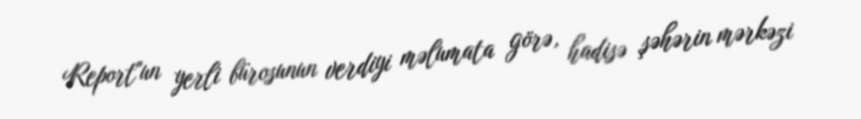
Report"un yerli bürosunun verdiyi məlumata görə, hadisə şəhərin mərkəzi